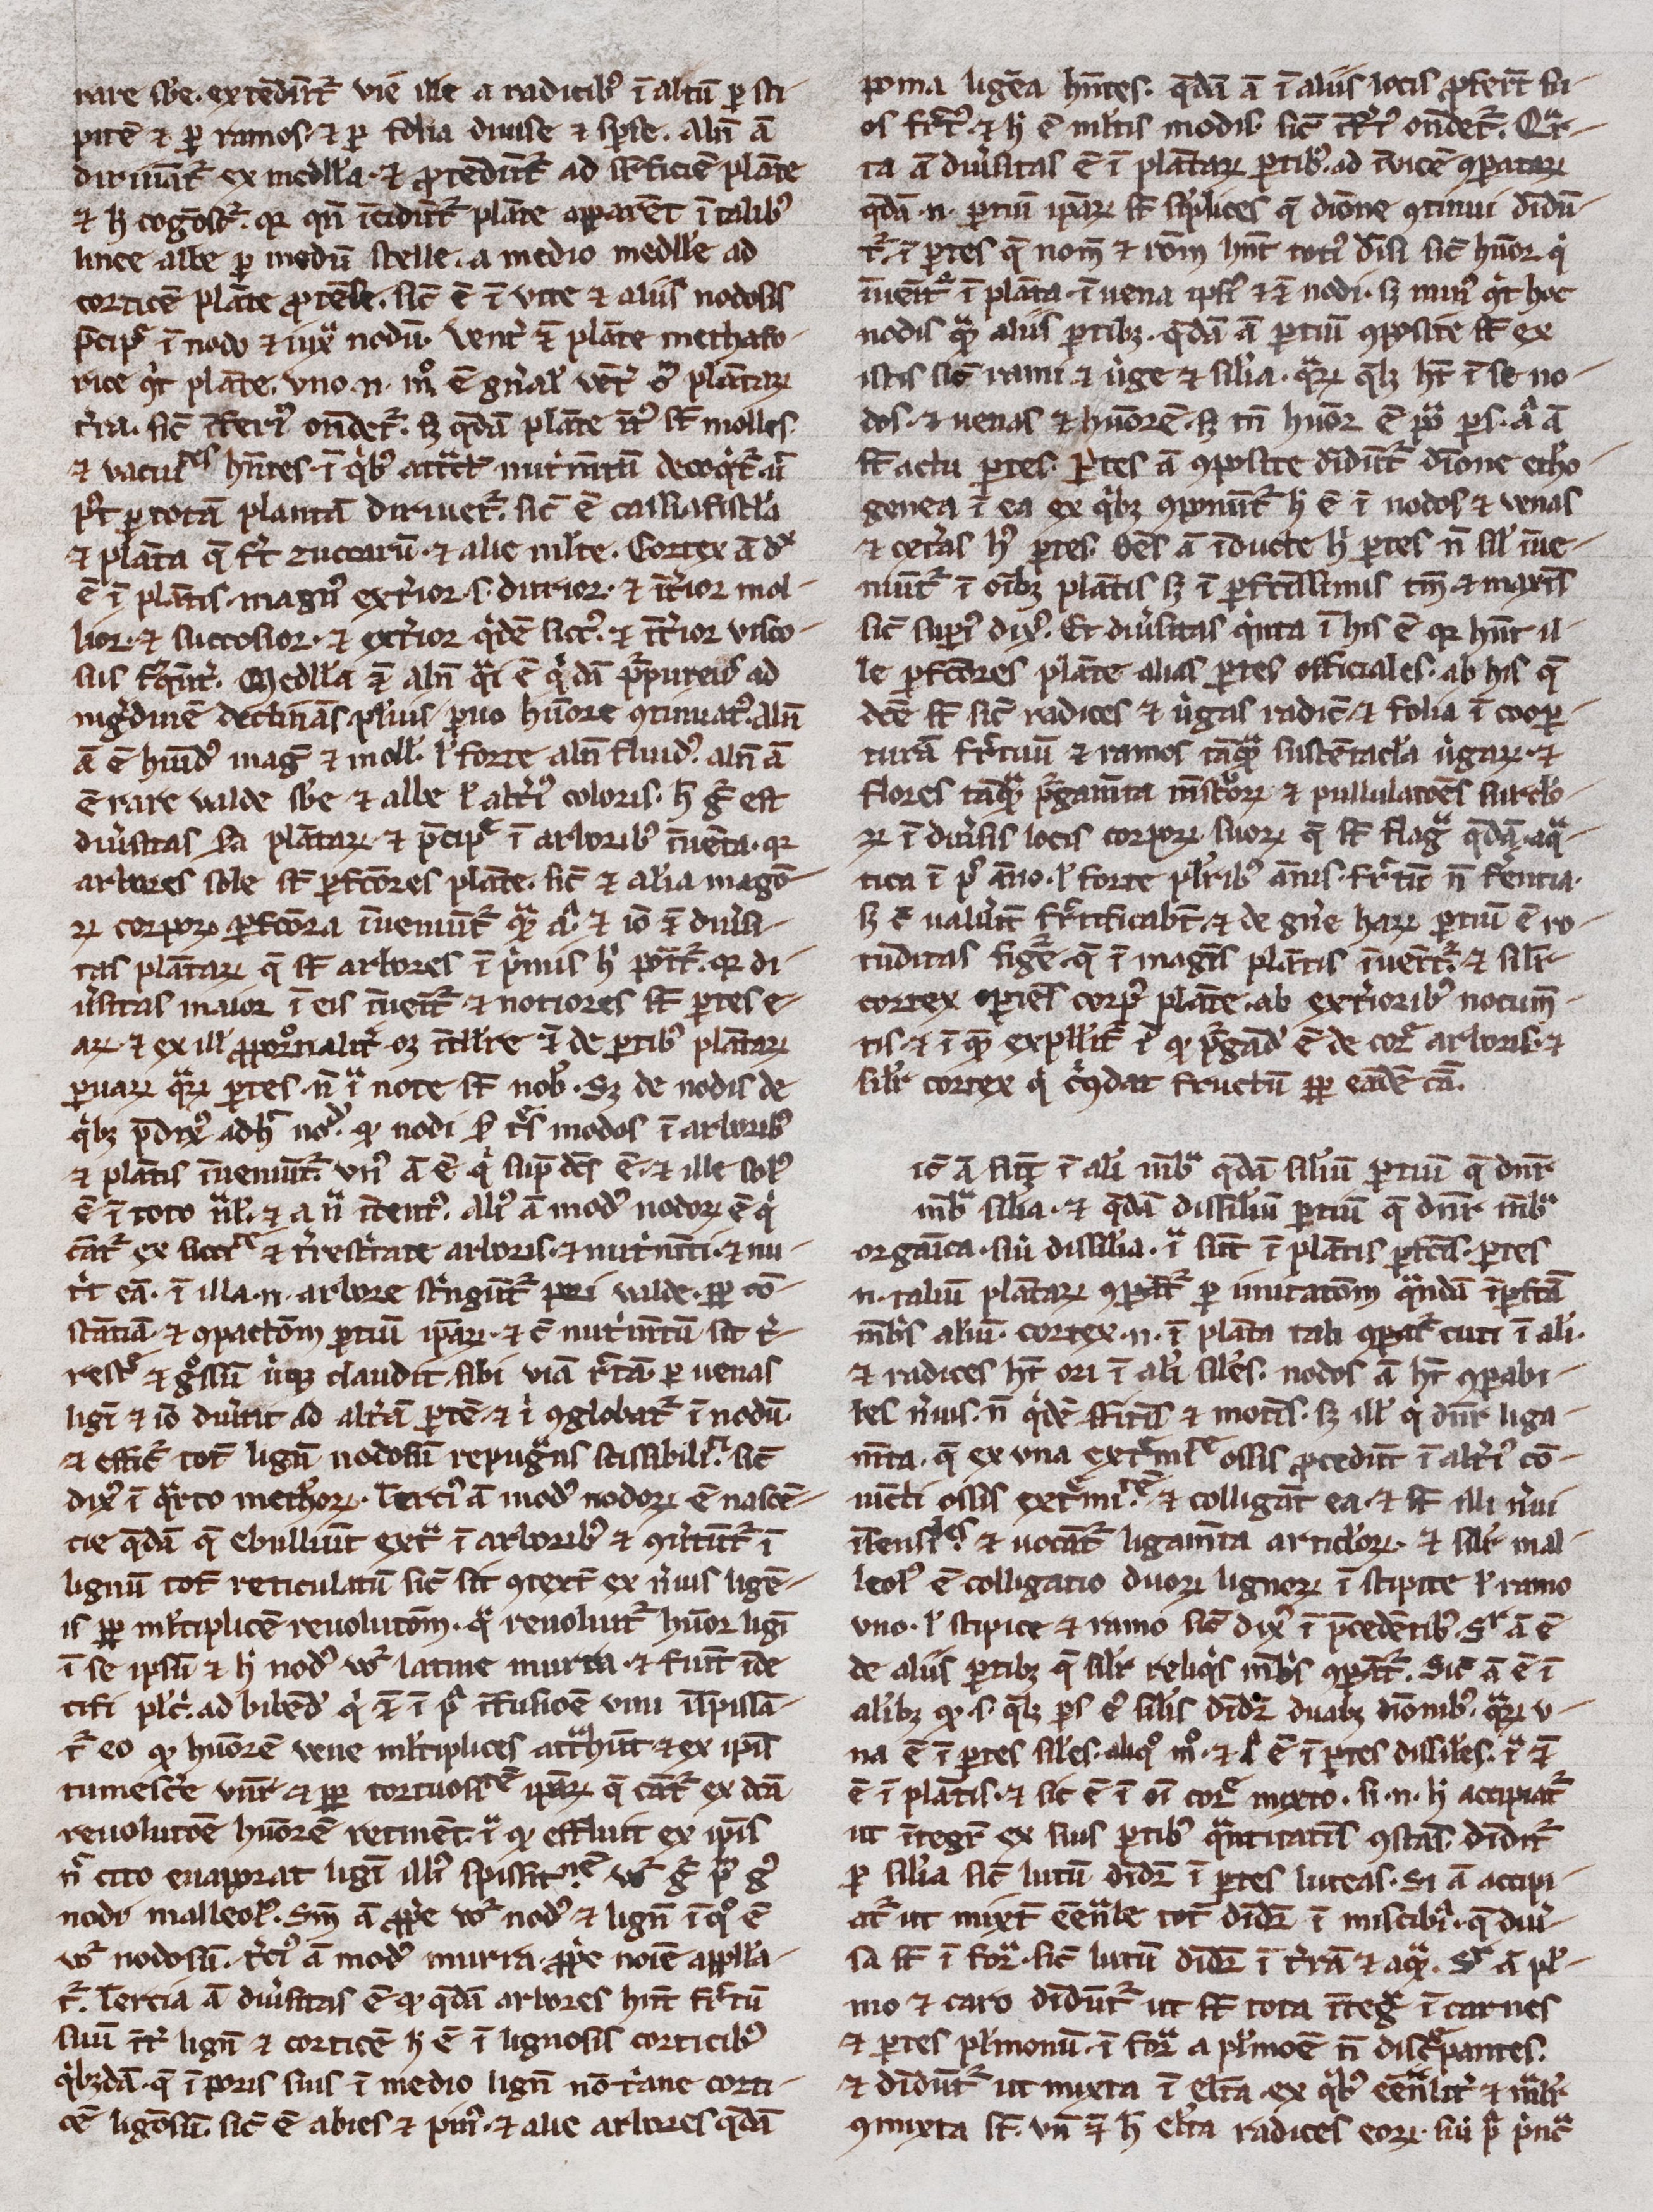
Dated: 1300–1399